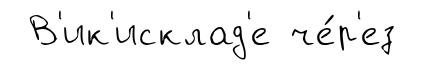
В'ик'исклад'е че́р'ез